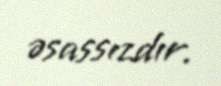
əsassızdır.